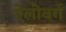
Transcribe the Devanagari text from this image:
ऐलोवर्ग